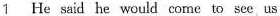
1 He said he would come to see.us